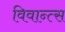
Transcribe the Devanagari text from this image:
विवान्त्स